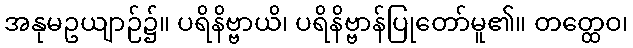
အနုမဥယျာဉ်၌။ ပရိနိဗ္ဗာယိ၊ ပရိနိဗ္ဗာန်ပြုတော်မူ၏။ တတ္ထေဝ၊